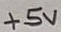
Text: +5V